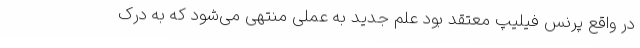
در واقع پرنس فیلیپ معتقد بود علم جدید به عملی منتهی می‌شود که به درک